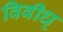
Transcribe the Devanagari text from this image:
विवीध्